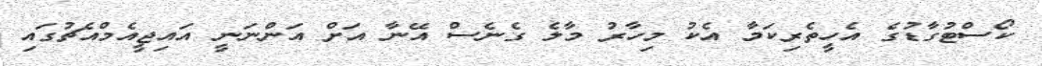
ކޯސްޓުގާޑުގެ އެހީތެރިކަމާ އެކު މިހާރު މާލެ ގެނެސް އޭނާ އަށް އަންނަނީ އައިޖީއެމްއެޗުގައި